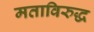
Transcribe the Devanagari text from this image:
मताविरुद्ध